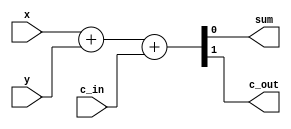
// Full Adder Module using Dataflow Modeling
module full_adder_dataflow(
    input   wire    x,      // First input bit
    input   wire    y,      // Second input bit
    input   wire    c_in,   // Carry input bit
    output  wire    sum,    // Sum output bit
    output  wire    c_out   // Carry output bit
);
    
    // Use dataflow modeling to calculate sum and carry out
    assign {c_out, sum} = x + y + c_in;

endmodule